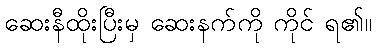
ဆေးနီထိုးပြီးမှ ဆေးနက်ကို ကိုင် ရ၏။